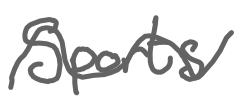
Text: Sports
Cross-out: wave
Writing tool: digital_gray